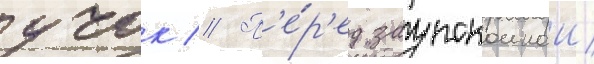
учок // П'е́р'ед заупокоинои